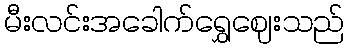
မီးလင်းအခေါက်ရွှေဈေးသည်